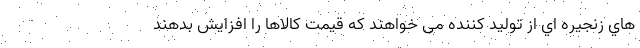
هاي زنجيره اي از توليد كننده می خواهند که قیمت کالاها را افزایش بدهند